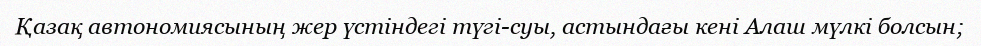
Қазақ автономиясының жер үстіндегі түгі-суы, астындағы кені Алаш мүлкі болсын;